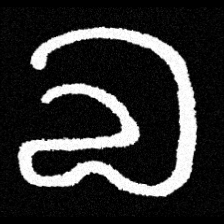
Pyu character \u2014 Myanmar letter: လ (romanized: la)